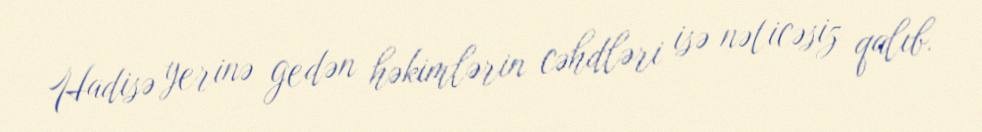
Hadisə yerinə gedən həkimlərin cəhdləri isə nəticəsiz qalıb.